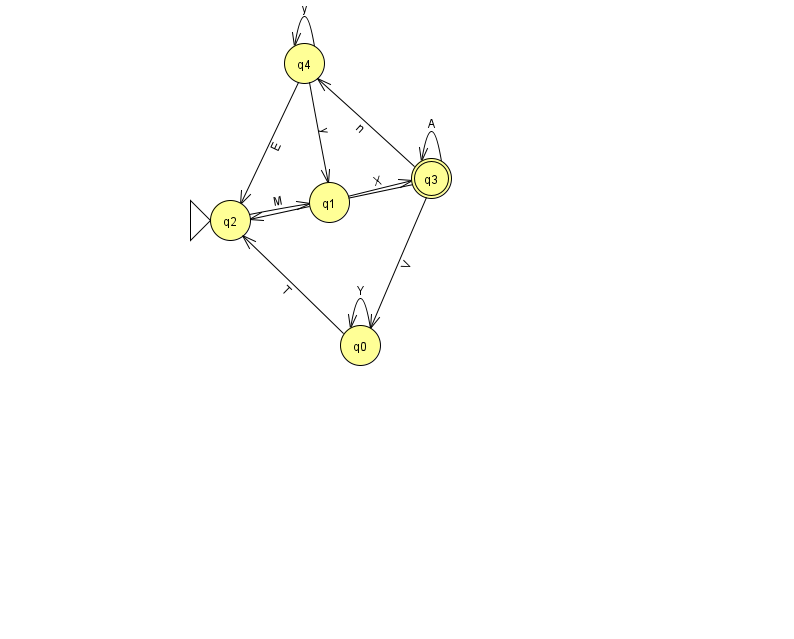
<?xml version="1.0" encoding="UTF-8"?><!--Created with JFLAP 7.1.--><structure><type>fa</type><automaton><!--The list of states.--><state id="0" name="q0"><x>360.0</x><y>332.0</y></state><state id="1" name="q1"><x>329.0</x><y>189.0</y></state><state id="2" name="q2"><x>230.0</x><y>207.0</y><initial/></state><state id="3" name="q3"><x>431.0</x><y>165.0</y><final/></state><state id="4" name="q4"><x>304.0</x><y>50.0</y></state><!--The list of transitions.--><transition><from>3</from><to>4</to><read>n</read></transition><transition><from>3</from><to>0</to><read>V</read></transition><transition><from>3</from><to>3</to><read>A</read></transition><transition><from>4</from><to>2</to><read>E</read></transition><transition><from>1</from><to>3</to><read>X</read></transition><transition><from>2</from><to>1</to><read>M</read></transition><transition><from>0</from><to>0</to><read>Y</read></transition><transition><from>4</from><to>4</to><read>y</read></transition><transition><from>4</from><to>1</to><read>y</read></transition><transition><from>0</from><to>2</to><read>T</read></transition><transition><from>3</from><to>2</to><read>W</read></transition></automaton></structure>